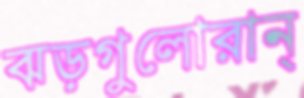
ঝড়গুলোরান্